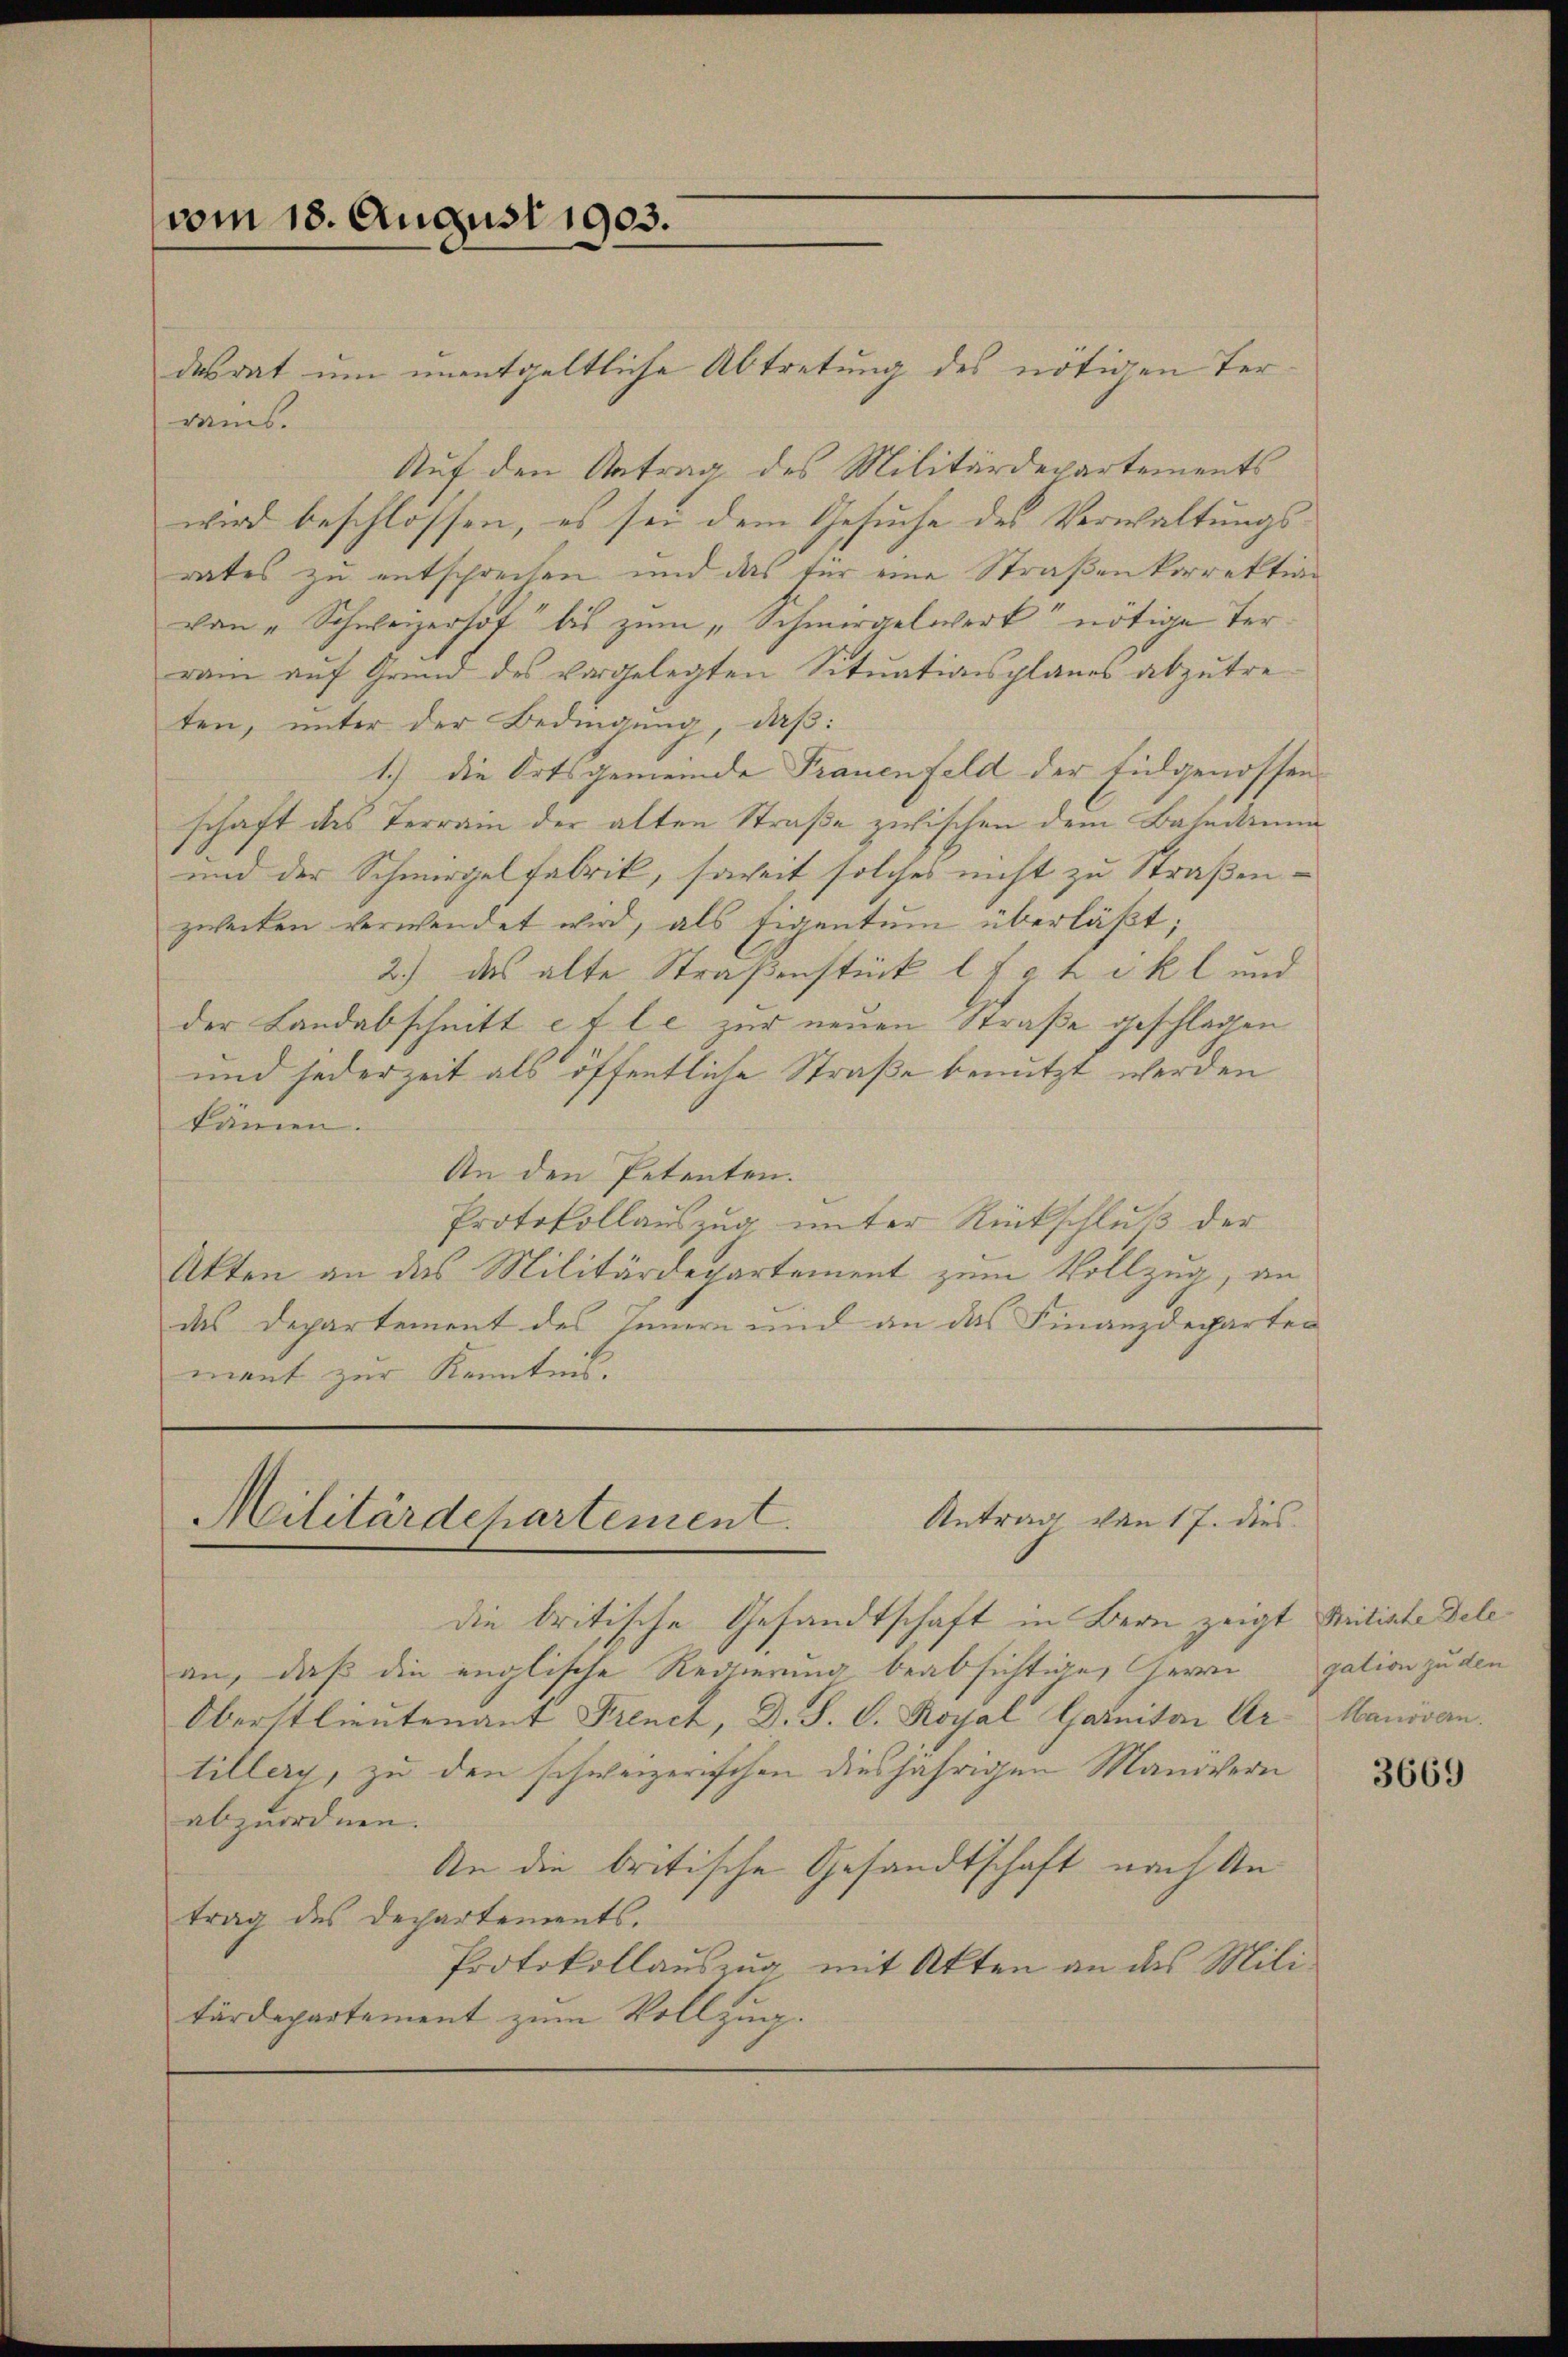
vom 18. August 1903.

desrat um unentgeltliche Abtretung des nötigen Terweis
Auf den Antrag des Militärdepartements
wird beschlossen, es sei dem Gesuche des Verwaltungsrates zu entsprechen und das für eine Straßenkorrektion
von „Schweizerhof“ bis zum „Schmergelwerk nötige Terrain aŭf Grund des vorgelegten Sitŭationsplanes abzŭtre-
ten, unter der Bedingung, daß:
1.) Die Ortsgemeinde Frauenfeld der Eidgenossen.
schaft des Terrain der alten Straße zwischen dem Basedium
und der Schmirgelfabrik, soweit solches nicht zu Straßenzweiten verwendet wird, als Eigentum überläßt;
2.) das alte Straßenstück l f g t i k l und
der Landabschnitt e f le zur neuen Straße geschlagen
und jederzeit als öffentliche Straße benutzt werden
kämen.
An den Petenten.
Protokollauszug unter Rückschluß der
Akten an das Militärdepartement zum Vollzug, an
das Departement des Innern und an das Finanzdeparten
ment zur Kenntnis.

Antrag von 17. dies
Militärdepartement.

die britische Gesandtschaft in Bern zeigt seitigte Telean, daß die englische Regierung beabsichtige, Herrn gation zu den
Oberstlieutenant French, D. P. C. Royal Garniton Sr. Manövan.
tillerg, zu den schweizerischen diesjährigen Manövern
abzuordnen.
An die britische Gesandtschaft nach Antrag des Departements.
Protokollauszug mit Akten an das Militärdepartement zum Vollzug.

3669